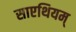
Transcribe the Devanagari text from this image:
साएथियम्‌